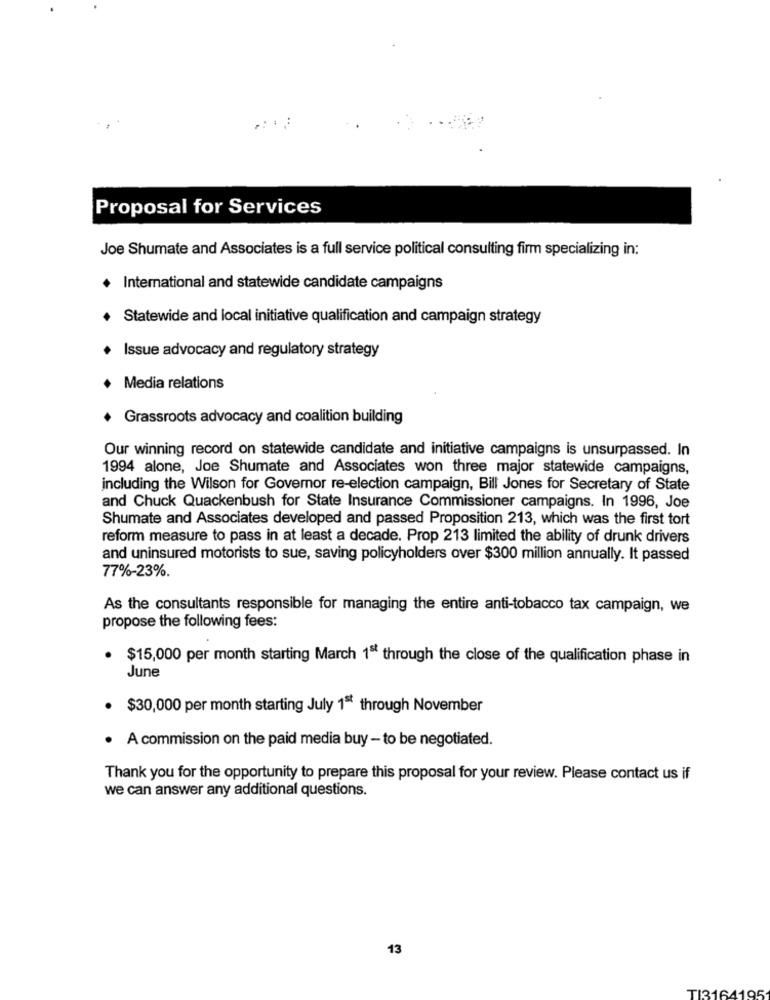
Proposal for Services
Joe Shumate and Associates is a full service political consulting firm specializing in:
+ International and statewide candidate campaigns
Statewide and local initiative qualification and campaign strategy
Issue advocacy and regulatory strategy
+ Media relations
Grassroots advocacy and coalition building
Our winning record on statewide candidate and initiative campaigns is unsurpassed. In
1994 alone, Joe Shumate and Associates won three major statewide campaigns,
including the Wilson for Governor re-election campaign, Bill Jones for Secretary of State
and Chuck Quackenbush for State Insurance Commissioner campaigns. In 1996, Joe
Shumate and Associates developed and passed Proposition 213, which was the first tort
reform measure to pass in at least a decade. Prop 213 limited the ability of drunk drivers
and uninsured motorists to sue, saving policyholders over $300 million annually. It passed
77%-23%.
As the consultants responsible for managing the entire anti-tobacco tax campaign, we
propose the following fees:
$15,000 per month starting March 1ª through the close of the qualification phase in
June
. $30,000 per month starting July 1ª through November
. A commission on the paid media buy - to be negotiated.
Thank you for the opportunity to prepare this proposal for your review. Please contact us if
we can answer any additional questions.
13
TI3164195